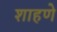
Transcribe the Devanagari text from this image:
शाहणे